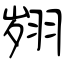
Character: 翙